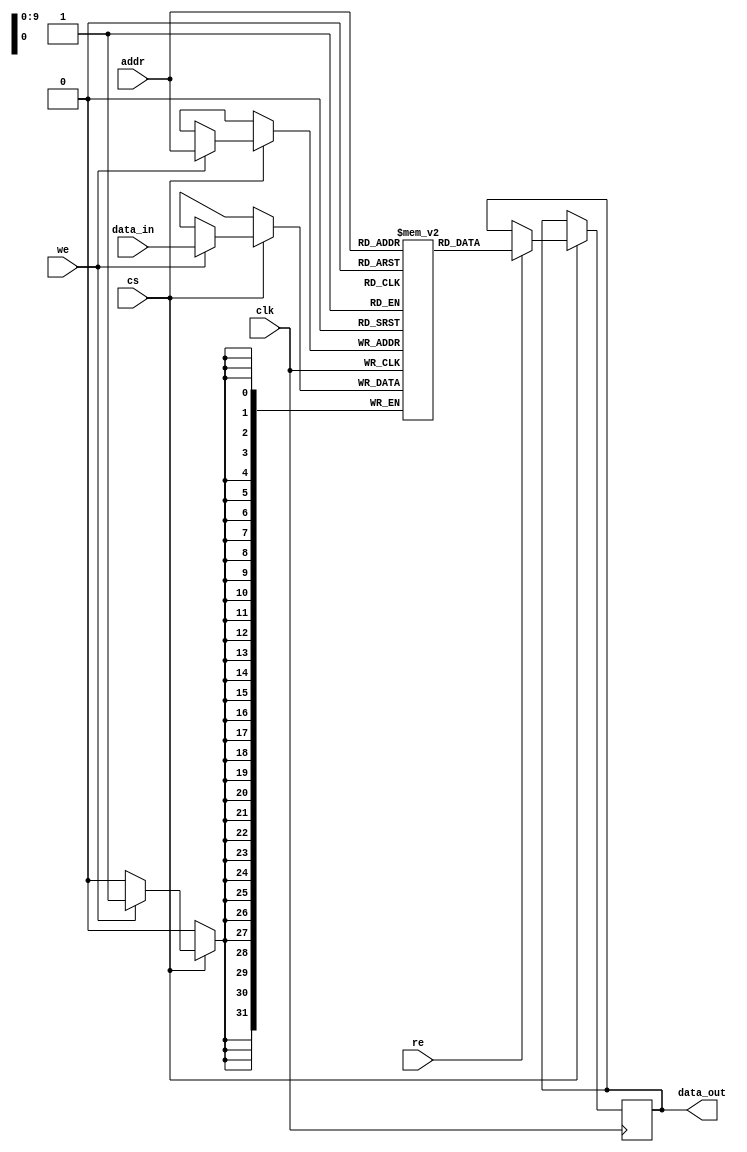
module TCSM #(
    parameter DATA_WIDTH = 32,      // Width of each memory cell
    parameter ADDR_WIDTH = 10,      // Address width for the memory (2^ADDR_WIDTH cells)
    parameter MEM_DEPTH = 1 << ADDR_WIDTH // Total number of memory locations
)(
    input wire clk,                  // Clock signal
    input wire cs,                   // Chip Select
    input wire we,                   // Write Enable
    input wire re,                   // Read Enable
    input wire [ADDR_WIDTH-1:0] addr, // Address input
    input wire [DATA_WIDTH-1:0] data_in, // Data input for write operations
    output reg [DATA_WIDTH-1:0] data_out // Data output for read operations
);

    // Declare the memory array
    reg [DATA_WIDTH-1:0] memory [0:MEM_DEPTH-1];

    // Read and write operations
    always @(posedge clk) begin
        if (cs) begin
            if (we) begin
                // Write operation
                memory[addr] <= data_in;
            end
            if (re) begin
                // Read operation
                data_out <= memory[addr];
            end
        end
    end

endmodule